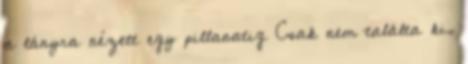
a lányra nézett egy pillanatig Csak nem találta ki,